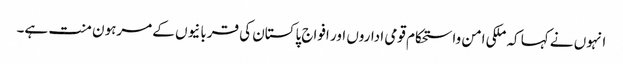
انہوں نے کہا کہ ملکی امن واستحکام قومی اداروں اور افواج پاکستان کی قربانیوں کے مرہون منت ہے۔